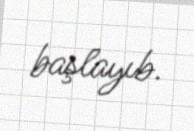
başlayıb.